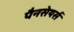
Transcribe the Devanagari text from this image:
पैनसेयर्स